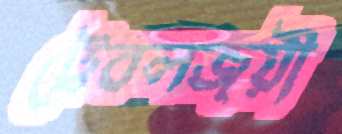
ট্রেবলজয়ী